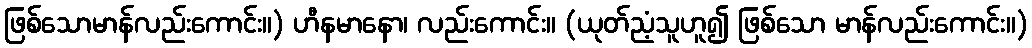
ဖြစ်သောမာန်လည်းကောင်း။) ဟီနမာနော၊ လည်းကောင်း။ (ယုတ်ညံ့သူဟူ၍ ဖြစ်သော မာန်လည်းကောင်း။)